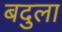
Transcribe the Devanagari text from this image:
बदुला